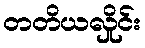
တတိယလှိုင်း